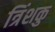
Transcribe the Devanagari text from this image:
त्रिंशकु